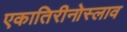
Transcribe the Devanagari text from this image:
एकातिरीनोस्लाव